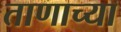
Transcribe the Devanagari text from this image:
ताणाच्या